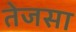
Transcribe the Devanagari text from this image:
तेजसा